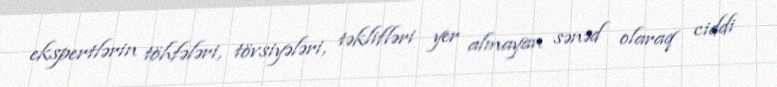
ekspertlərin töhfələri, tövsiyələri, təklifləri yer almayan sənəd olaraq ciddi